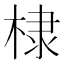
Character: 棣